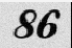
86